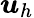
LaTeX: \boldsymbol{u}_{h}